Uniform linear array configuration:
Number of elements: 16
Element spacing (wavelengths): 1
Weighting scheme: kaiser
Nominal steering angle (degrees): -30
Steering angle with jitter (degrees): -28.982
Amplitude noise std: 0.05
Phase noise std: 0.05

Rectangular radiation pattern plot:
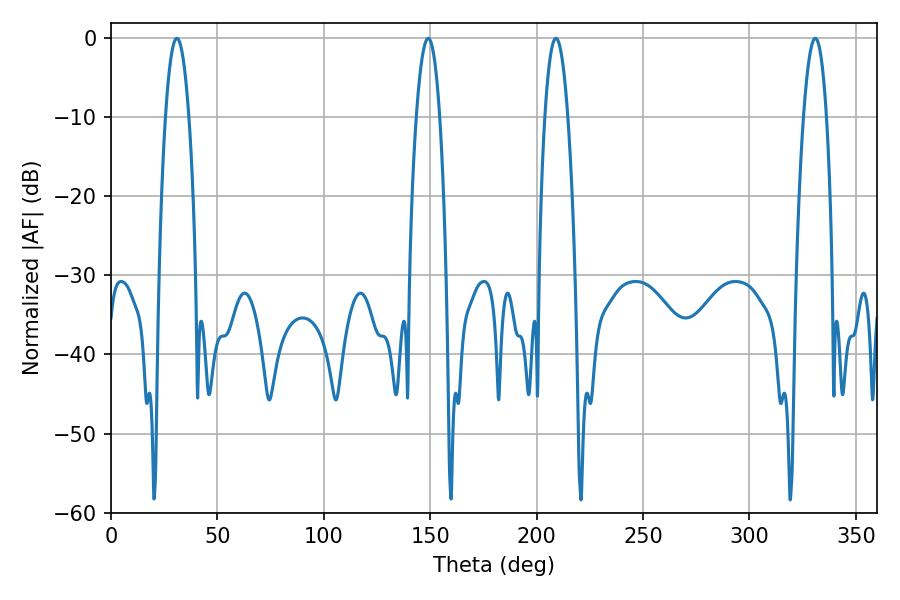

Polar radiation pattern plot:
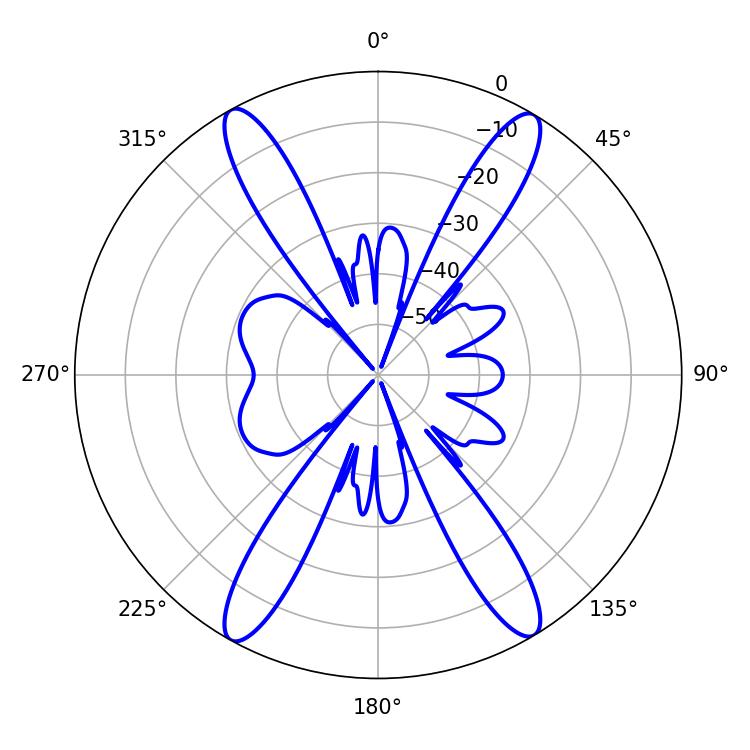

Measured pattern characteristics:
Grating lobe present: TRUE
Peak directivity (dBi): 23.968
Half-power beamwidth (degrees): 6.12
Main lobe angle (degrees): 30.96